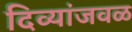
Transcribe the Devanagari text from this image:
दिव्यांजवळ